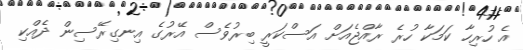
އެ ހުރިހާ ކަމަކާ ހުރެ ރާއްޖެއަށް އަސްކަރީ ބިރުވެސް އޭރުގެ އިނގިރޭސިން ދެއްކި